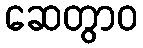
ဆေတွာဝ